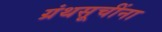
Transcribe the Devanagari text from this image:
ग्रंथसूचींना